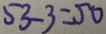
5 3 - 3 = 5 0